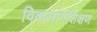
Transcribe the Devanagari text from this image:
विकलांगशिक्षण